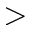
>